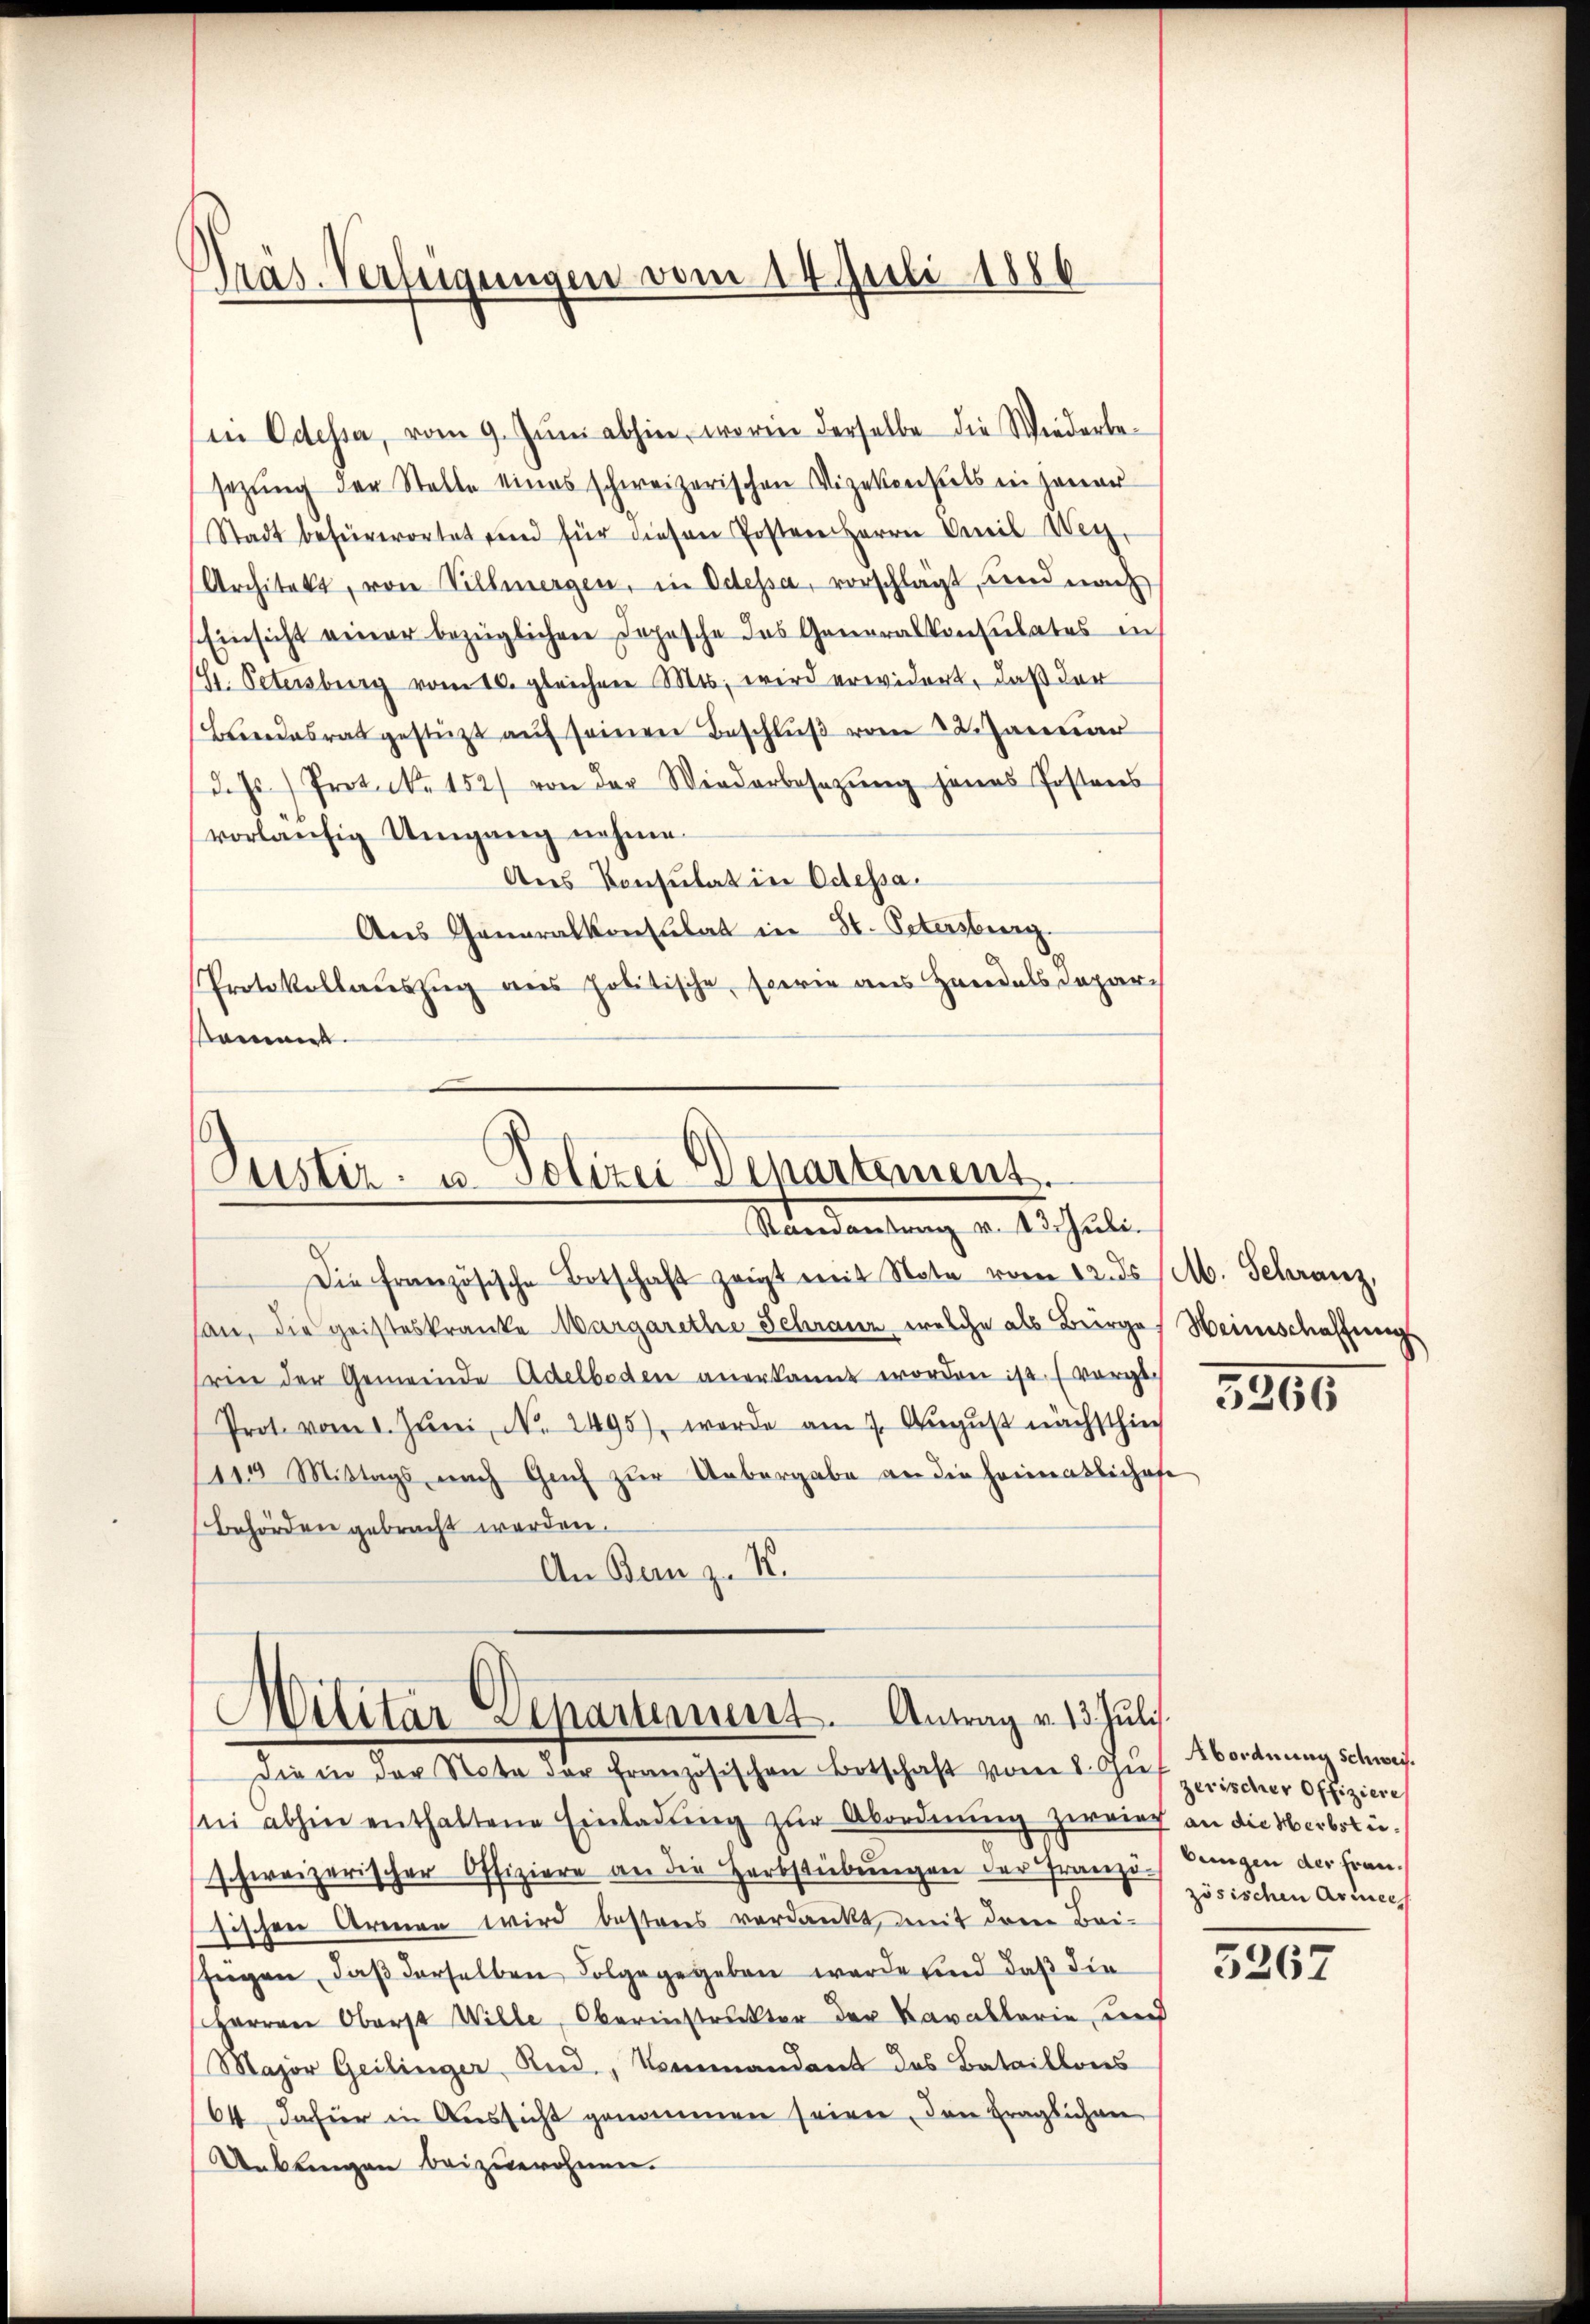
Präs. Verfeigungen vom 14. Juli 1886

in Odessa, vom 9. Jŭni abhin, worin derselbe die Wiederbe-
sezung der Stelle eines schweizerischen Vizekonsuls in jener
Stadt befürwortet sind für diesen Posten Herrn Emil Wey
Architekt, von Villmergen, in Odessa, vorschlägt, und nach
Einsicht einer bezüglichen Depesche des Generalkonsulates in
(Gr. Petersburg vom 10. gleichen Mts. wird erwidert, daß der
Beendesrat gestützt aŭf seinen Beschlŭβ vom 22. Januar
d.s) Protock. 152) von der Wiederbesetzŭng jenes Postens
vorläufig Umgang nehme.
Ans Konsulat in Odessa.
Aus Generalkonsulat in St. Petersburg.
Protokollauszug aus politische, serie aus Handels Depar¬
Nament.

Suster u. Polizei Departement
Randantrag v. 23. Juli.

Die französische Botschaft zeigt mit Nota vom 12. ds /M. Schranz,
san, die geisteskranke Margarethe Schranz welche als Bürger Weinschaffung
rin der Gemeinde Adelboden anerkannt worden ist. (vorge¬
Prote vom 1. Jŭni No. 2495), werde am 7. Aŭgŭst nächsthie
(110 Mittags nach Gech zur Uebergabe an die Heimatlichofe
Behörden gebracht werden.
An Banz. K.

Militär-Separtement. Antrag v. 13 Juli.

Die in der Nota der französischen Botschaft vom 1. Zŭs
sei abhin enthaltene Einladŭng zŭr Abordnŭng zweier
schweizerischer Offiziere an die Herbstübungen der Franzi-
sischen Armen wird besteres verdankt mit drei Bei-
fügen, daβ derselben Folge gegeben werde und daß die
Herren Oberst Wille, Oberinstrukter der Kavallarie, und
Major Geilinger Red., Kommandant das Bataillons
64 dafür in Aussicht genommen seien, den fraglichen
Unklingen beizuwohnen.

3265

Abordnung schweis.
zerischer Offiziere
an die Herbstibungen der Frau.
zösischen Armee

3267